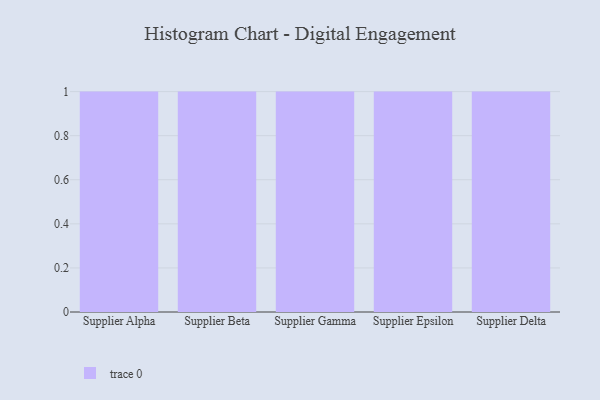
{"axis": {"x": "Supplier", "y": "Headcount"}, "legend": [""], "data": [{"x": "Supplier Alpha", "y": 32, "type": ""}, {"x": "Supplier Beta", "y": 28, "type": ""}, {"x": "Supplier Gamma", "y": 86, "type": ""}, {"x": "Supplier Epsilon", "y": 12, "type": ""}, {"x": "Supplier Delta", "y": 79, "type": ""}]}